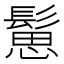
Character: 䰄